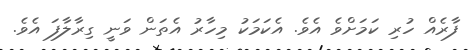
ފާރެއް ހުރި ކަމަށްވެ އެވެ. އެކަމަކު މިހާރު އެތަން ވަނީ ގިރާލާފަ އެވެ.